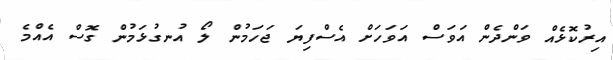
އިރުކޮޅެއް ވަންދެން އަވަސް އަވަހަށް އެސްފިޔަ ޖަހަމުން ލޯ އުނގުޅަމުން ގޮސް އެއްމެ